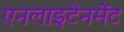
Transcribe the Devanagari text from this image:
एनलाइटेनमेंट